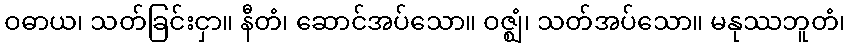
ဝဓာယ၊ သတ်ခြင်းငှာ။ နီတံ၊ ဆောင်အပ်သော။ ဝဇ္ဈံ၊ သတ်အပ်သော။ မနုဿဘူတံ၊